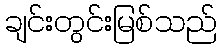
ချင်းတွင်းမြစ်သည်